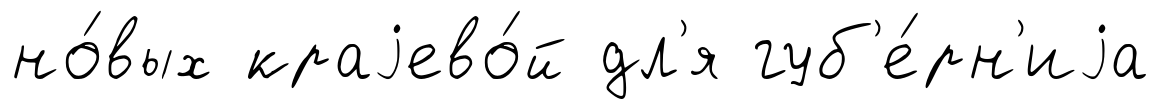
но́вых краjево́й дл'я губ'е́рн'иjа